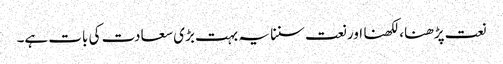
نعت پڑھنا، لکھنا اور نعت سننا یہ بہت بڑی سعادت کی بات ہے۔